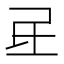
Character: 𰚷